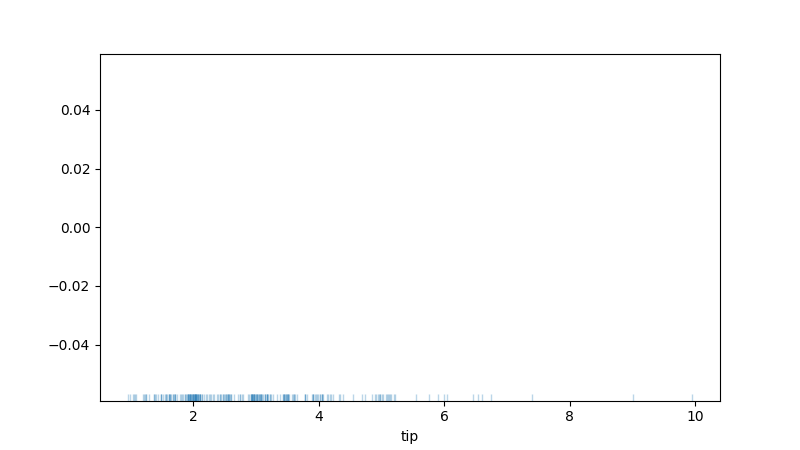
python, seaborn, rugplot, height=0.02, axis='x', alpha=0.3